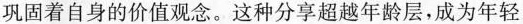
巩固着自身的价值观念。这种分享超越年龄层，成为年轻